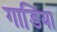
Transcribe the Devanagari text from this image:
गाडि़या